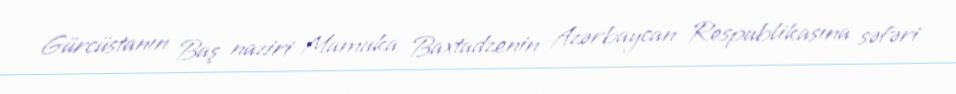
Gürcüstanın Baş naziri Mamuka Baxtadzenin Azərbaycan Respublikasına səfəri